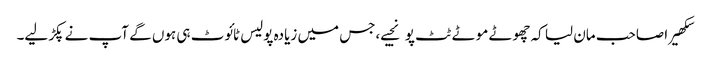
سکھیرا صاحب مان لیا کہ چھوٹے موٹے ٹٹ پو نجیے،جس میں زیادہ پولیس ٹائوٹ ہی ہوں گے آپ نے پکڑ لیے۔